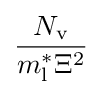
{\frac {N_{\rm {v}}}{m_{\rm {l}}^{*}\Xi ^{2}}}